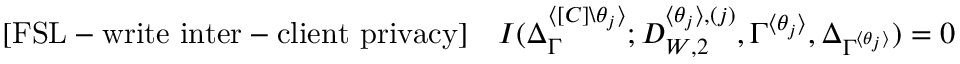
\begin{array} { r } { \mathrm { [ F S L - w r i t e ~ i n t e r - c l i e n t ~ p r i v a c y ] } \quad I ( \Delta _ { \Gamma } ^ { \langle [ C ] \backslash \theta _ { j } \rangle } ; D _ { W , 2 } ^ { \langle \theta _ { j } \rangle , ( j ) } , \Gamma ^ { \langle \theta _ { j } \rangle } , \Delta _ { \Gamma ^ { \langle \theta _ { j } \rangle } } ) = 0 } \end{array}